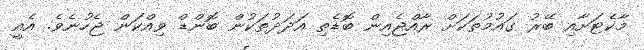
މާކެޓަށާއި ބޭރު ގައުމުތަކަށް ރާއްޖެއިން ބޮޑެތި އަދަދުތަކުން ބޮންޑް ވިއްކަން ޖެހުނެވެ. އެއީ